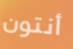
أنتون